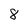
Character: 8